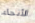
الأنحاء